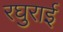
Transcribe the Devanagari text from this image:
रघुराई